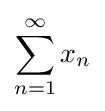
\sum _{n=1}^{\infty }x_{n}